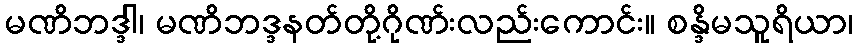
မဏိဘဒ္ဒါ၊ မဏိဘဒ္ဒနတ်တို့ဂိုဏ်းလည်းကောင်း။ စန္ဒိမသူရိယာ၊